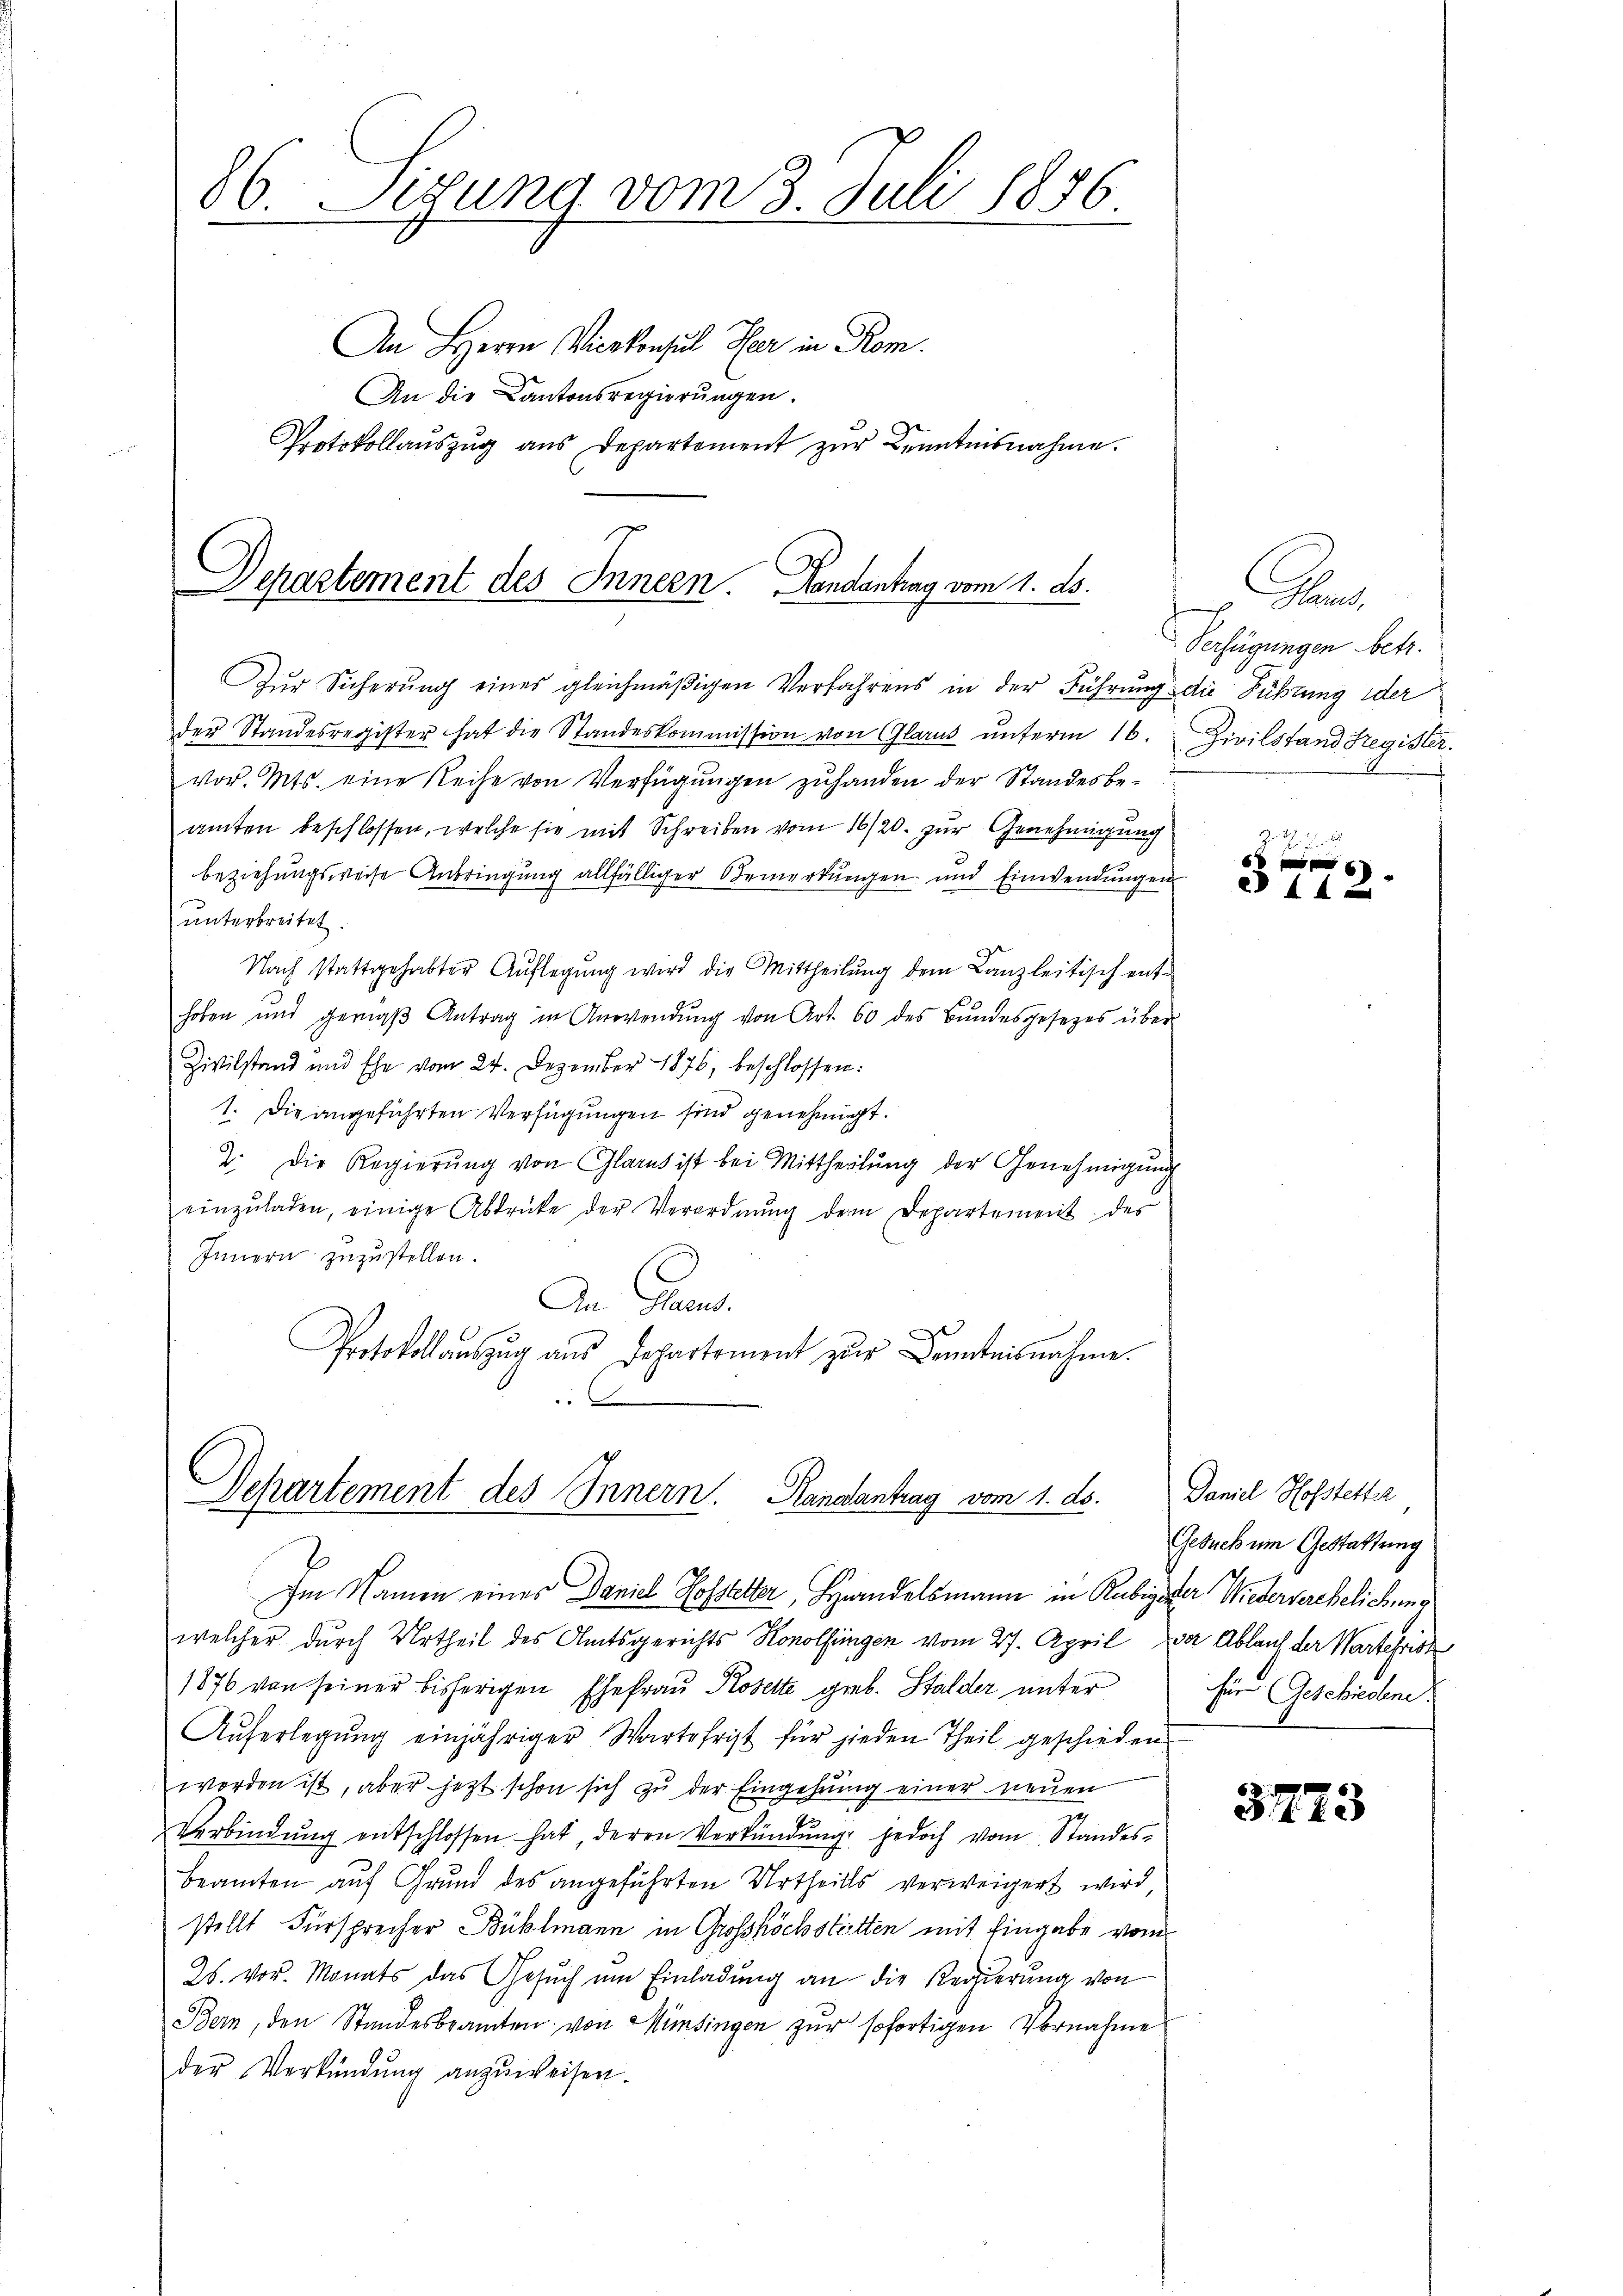
86. Setzung vom 3. Juli 1856.

An Herrn Vicekonsul Her in Rom.
An die Kantonsregierungen.
Protokollaŭszŭg aŭs Departement zŭr Kenntnisnahme.

Departement des Innern. Dandantrag vom 1. ds.

Zŭr Sicherŭng eines gleichmäβigen Verfahrens in der Führung die Führung der
der Standesregister hat die Standeskommission von Glarus ŭnterm 16. Zivilstand Fregister.
vor. Mts. eine Reihe von Verfügungen zuhanden der Standesbeamten beschlossen, welche sie mit Schreiben vom 16/20. zur Genehmigung
beziehungsweise Anbringung allfälliger Bemerkungen und Einwendungen
unterbreitet.
Nach stattgehabter Auflegŭng wird die Mittheilung dem Kanzleitisch ent-
hoben und geraβ Antrag in Anwendŭng von Art. 60 des Bundesgesetzes über
Zivilstand und Ehe vom 24. Dezember 1876, beschlossen:
1. Die angeführten Verfügungen sind genehmigt.
2. Die Regierŭng von Glarus ist bei Mittheilŭng der Genehmigŭng
einzŭladen, einige Abdrücke der Verordnŭng dem Departement des
Innern zuzustellen.
An Frens.
e
Protokollauszug aus Departement zur Kenntnisnahme.
“

Departement des Innern. Randantrag vom 1. ds.

Im Namen einer Daniel Hofstetter, Handelsmann in Rubigerer Wiederverehelichen
welcher durch Urtheil des Amtsgerichts Konolfingen vom 27. April vor Ablauf der Wartefrist
1876 von seiner bisherigen Ehefrau Kosette geb. Stalder unter
Aŭferlegŭng einjähriger Wartefrist für jeden Theil geschieden
worden ist, aber jetzt schon sich zu der Eingehung einer neuen
Verbindŭng entschlossen hat, deren Verkündŭng jedoch vom Standes-
beamten aŭf Grund des angeführten Urtheils verweigert wird,
stellt Fürsprecher Bühlmann in Grosshöchstölten mit Eingabe vom
25. vor. Monats das Gesuch um Einladung an die Regierung von
Bern, den Standesbeamten von Mimsingen zur sofortigen Vornahme
der Verkündŭng anzŭweisen.

Pan
Verfügungen betr.

Z. G. B.
f xx
e 44

Daniel Hofstetter
Gesuch um Gestattung
für Geschiedene

37773